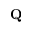
\mathbf { Q }